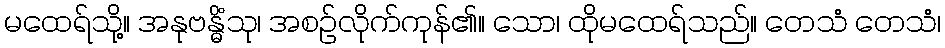
မထေရ်သို့။ အနုဗန္ဓိံသု၊ အစဉ်လိုက်ကုန်၏။ သော၊ ထိုမထေရ်သည်။ တေသံ တေသံ၊